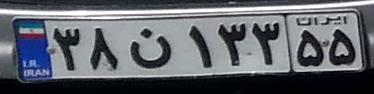
۳۸ن۱۳۳۵۵